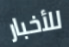
للأخبار